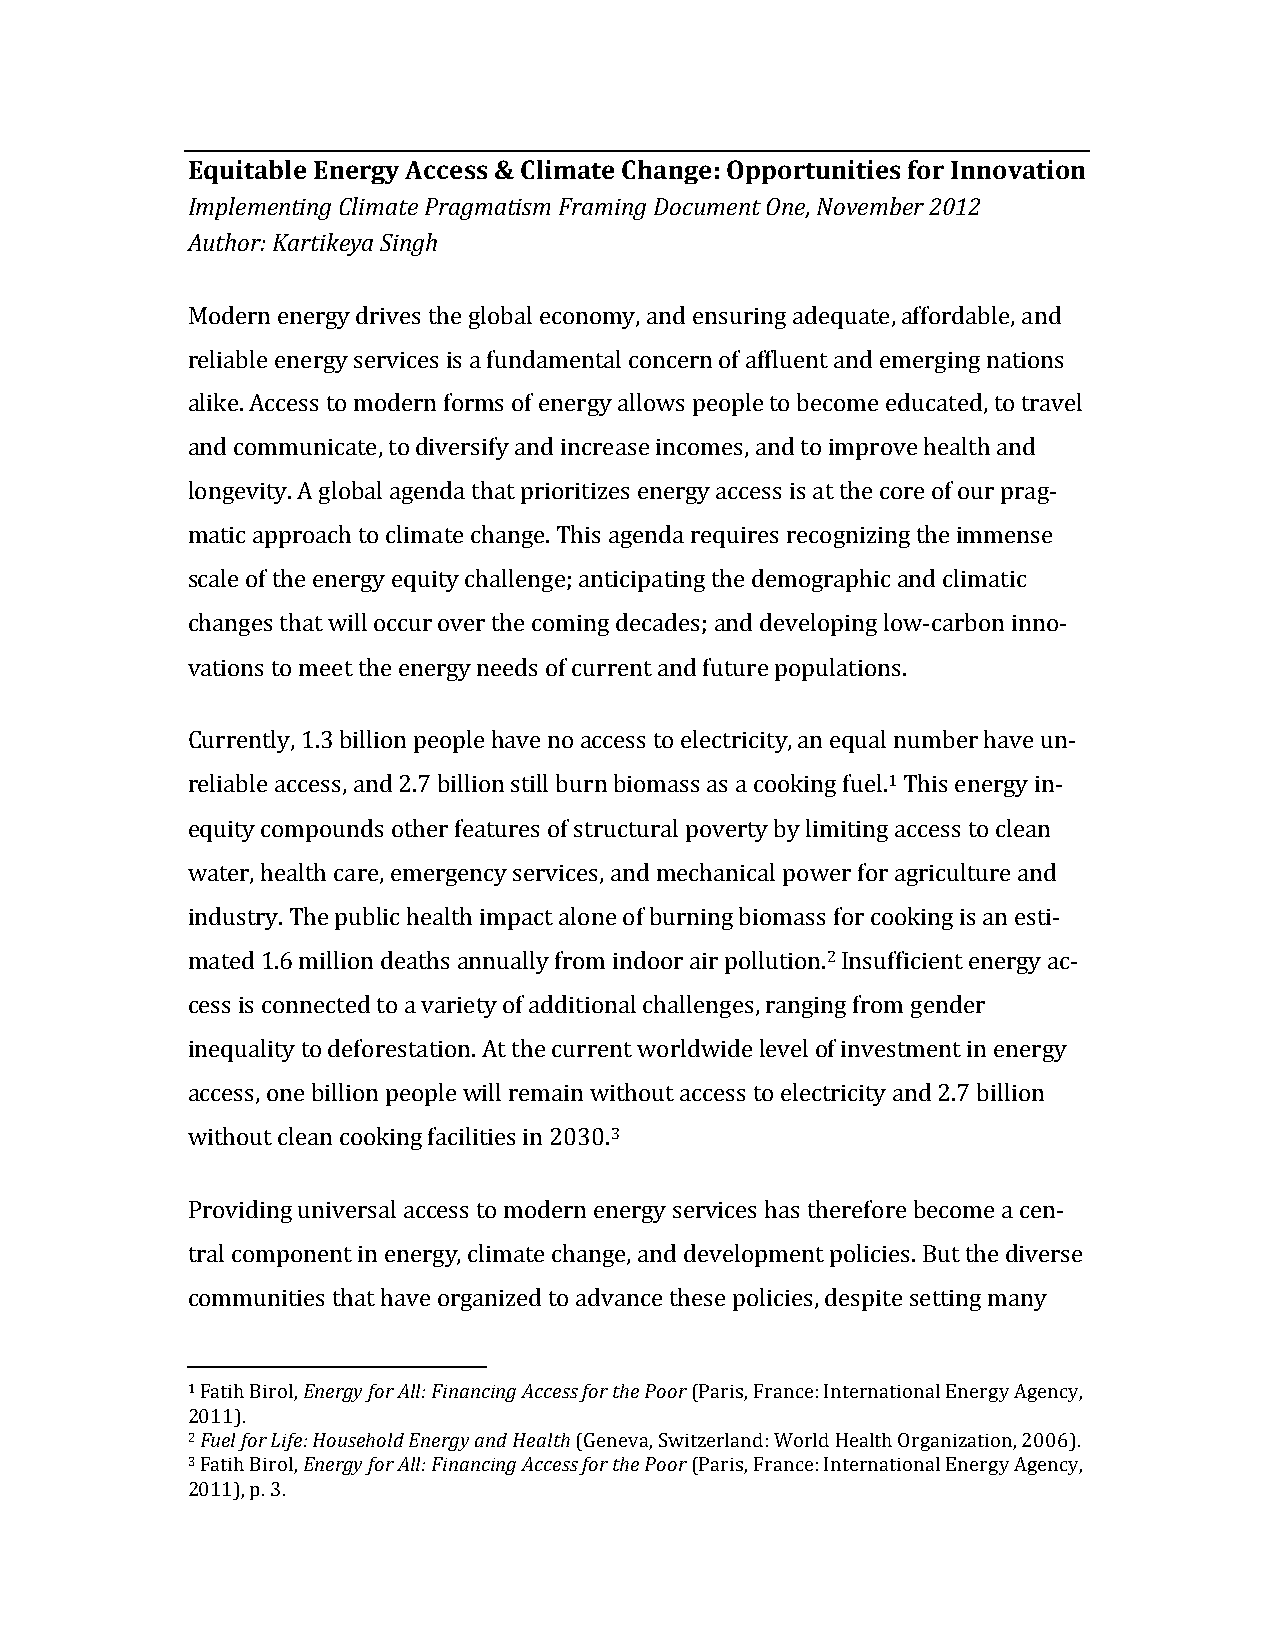
Equitable Energy Access & Climate Change: Opportunities for Innovation
 Implementing Climate Pragmatism Framing Document One, November 2012
 Author: Kartikeya Singh
 Modern energy drives the global economy, and ensuring adequate, affordable, and
 reliable energy services is a fundamental concern of affluent and emerging nations
 alike. Access to modern forms of energy allows people to become educated, to travel
 and communicate, to diversify and increase incomes, and to improve health and
 longevity. A global agenda that prioritizes energy access is at the core of our prag-­‐
 matic approach to climate change. This agenda requires recognizing the immense
 scale of the energy equity challenge; anticipating the demographic and climatic
 changes that will occur over the coming decades; and developing low-­‐carbon inno-­‐
 vations to meet the energy needs of current and future populations.
 Currently, 1.3 billion people have no access to electricity, an equal number have un-­‐
 reliable access, and 2.7 billion still burn biomass as a cooking fuel.1 This energy in-­‐
 equity compounds other features of structural poverty by limiting access to clean
 water, health care, emergency services, and mechanical power for agriculture and
 industry. The public health impact alone of burning biomass for cooking is an esti-­‐
 mated 1.6 million deaths annually from indoor air pollution.2 Insufficient energy ac-­‐
 cess is connected to a variety of additional challenges, ranging from gender
 inequality to deforestation. At the current worldwide level of investment in energy
 access, one billion people will remain without access to electricity and 2.7 billion
 without clean cooking facilities in 2030.3
 Providing universal access to modern energy services has therefore become a cen-­‐
 tral component in energy, climate change, and development policies. But the diverse
 communities that have organized to advance these policies, despite setting many
 1 Fatih Birol, Energy for All: Financing Access for the Poor (Paris, France: International Energy Agency,
 2011).
 2 Fuel for Life: Household Energy and Health (Geneva, Switzerland: World Health Organization, 2006).
 3 Fatih Birol, Energy for All: Financing Access for the Poor (Paris, France: International Energy Agency,
 2011), p. 3.